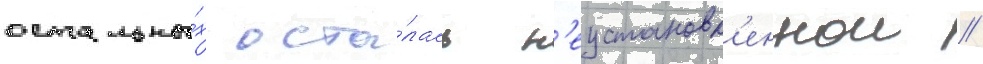
остальны́х оста́лась н'еустановл'еннои //